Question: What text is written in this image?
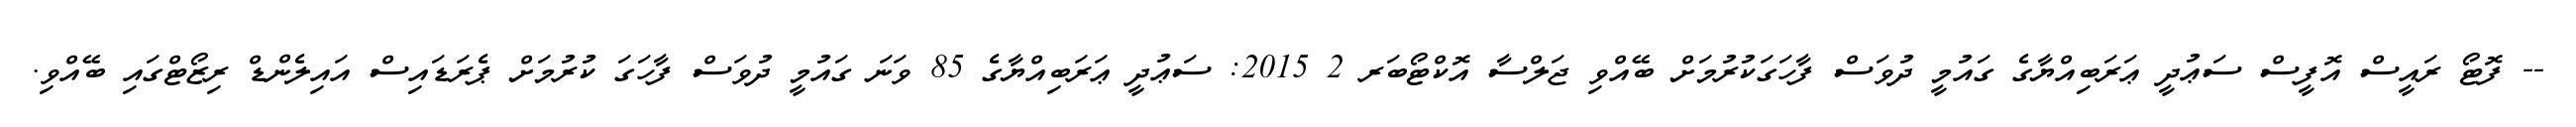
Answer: -- ފޮޓޯ ރައީސް އޮފީސް ސަޢުދީ ޢަރަބިއްޔާގެ ގައުމީ ދުވަސް ފާހަގަކުރުމަށް ބޭއްވި ޖަލްސާ އޮކްޓޯބަރ 2 2015: ސަޢުދީ ޢަރަބިއްޔާގެ 85 ވަނަ ގައުމީ ދުވަސް ފާހަގަ ކުރުމަށް ޕެރަޑައިސް އައިލެންޑް ރިޒޯޓްގައި ބޭއްވި.